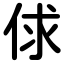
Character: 俅